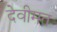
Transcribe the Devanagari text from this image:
देवीमत